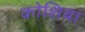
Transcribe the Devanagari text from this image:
कोशिया